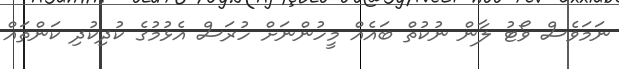
ނަމަވެސް ވޯޓު ލާން ނުކުތް ބައެއް މީހުންނަށް ހުރަސް އެޅުމުގެ ކުދިކުދި ކަންތައް